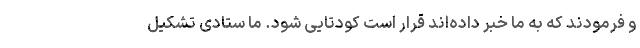
و فرمودند که به ما خبر داده‌اند قرار است کودتایی شود. ما ستادی تشکیل